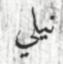
نيلي